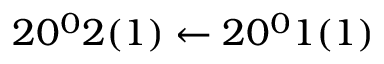
2 0 ^ { 0 } 2 ( 1 ) \leftarrow 2 0 ^ { 0 } 1 ( 1 )